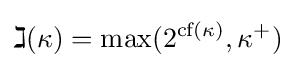
\gimel (\kappa )=\max(2^{{\text{cf}}(\kappa )},\kappa ^{+})